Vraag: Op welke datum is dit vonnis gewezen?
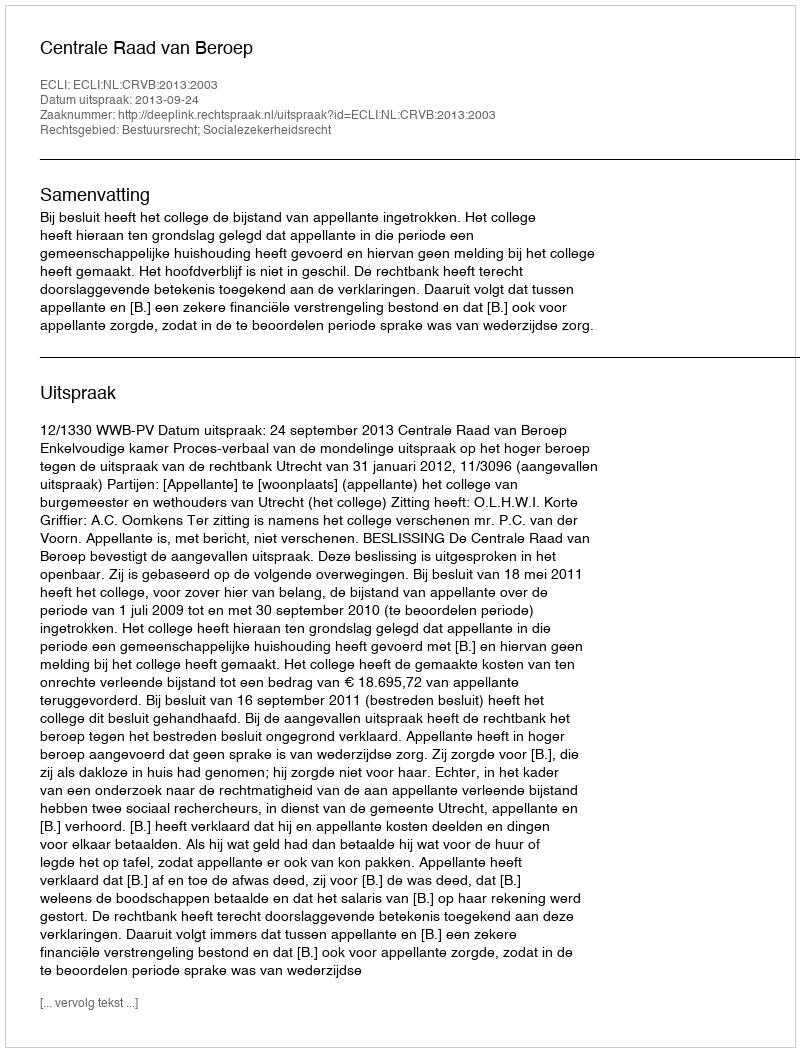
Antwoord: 2013-09-24